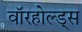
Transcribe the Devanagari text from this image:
वॉरहोल्ड्स